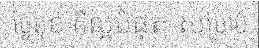
ថ្ងៃមុខ គឺល្អបំផុត សម្រាប់